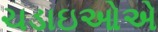
ચડાઇઓએ